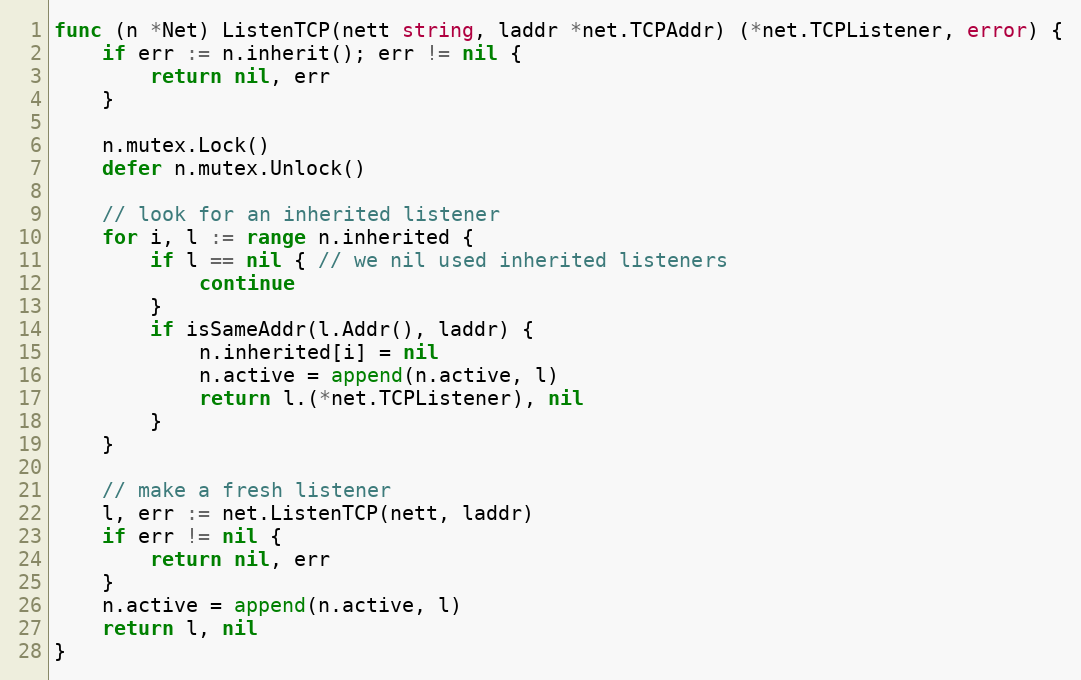
Language: Go
func (n *Net) ListenTCP(nett string, laddr *net.TCPAddr) (*net.TCPListener, error) {
	if err := n.inherit(); err != nil {
		return nil, err
	}

	n.mutex.Lock()
	defer n.mutex.Unlock()

	// look for an inherited listener
	for i, l := range n.inherited {
		if l == nil { // we nil used inherited listeners
			continue
		}
		if isSameAddr(l.Addr(), laddr) {
			n.inherited[i] = nil
			n.active = append(n.active, l)
			return l.(*net.TCPListener), nil
		}
	}

	// make a fresh listener
	l, err := net.ListenTCP(nett, laddr)
	if err != nil {
		return nil, err
	}
	n.active = append(n.active, l)
	return l, nil
}